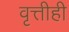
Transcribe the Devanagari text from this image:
वृत्तीही